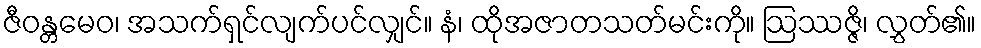
ဇီဝန္တမေဝ၊ အသက်ရှင်လျက်ပင်လျှင်။ နံ၊ ထိုအဇာတသတ်မင်းကို။ ဩဿဇ္ဇိ၊ လွှတ်၏။